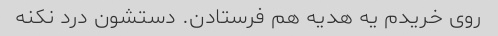
روی خریدم یه هدیه هم فرستادن. دستشون درد نکنه